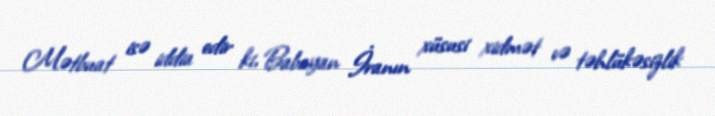
Mətbuat isə iddia edir ki, Babayan İranın xüsusi xidmət və təhlükəsizlik